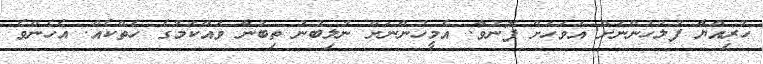
ހުރިއްޔާ ފުލުހުންނަށް އަވަހަށް ފޮނުވާ. އެމީހުންނަށް ނުލިބުނު ތިބުނާ ވައްކަމުގެ ހެތްކެއް. އެހެންވެ